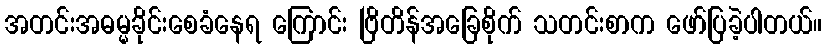
အတင်းအဓမ္မခိုင်းစေခံနေရ ကြောင်း ဗြိတိန်အခြေစိုက် သတင်းစာက ဖော်ပြခဲ့ပါတယ်။